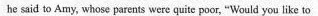
he said to Amy, whose parents were quite poor, "Would you like to